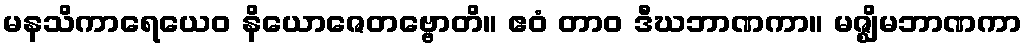
မနသိကာရေယေဝ နိယောဇေတဗ္ဗောတိ။ ဧဝံ တာဝ ဒီဃဘာဏကာ။ မဇ္ဈိမဘာဏကာ